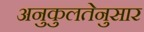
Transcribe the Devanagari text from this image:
अनुकुलतेनुसार